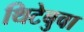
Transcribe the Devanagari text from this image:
थिटेबुवा